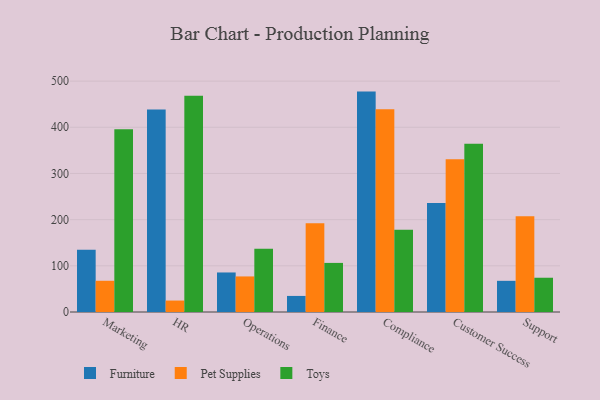
{"axis": {"x": "Department", "y": "Tickets Resolved"}, "legend": ["Furniture", "Pet Supplies", "Toys"], "data": [{"x": "Marketing", "y": 135.0, "type": "Furniture"}, {"x": "Marketing", "y": 67.6, "type": "Pet Supplies"}, {"x": "Marketing", "y": 395.9, "type": "Toys"}, {"x": "HR", "y": 438.5, "type": "Furniture"}, {"x": "HR", "y": 24.8, "type": "Pet Supplies"}, {"x": "HR", "y": 468.2, "type": "Toys"}, {"x": "Operations", "y": 85.6, "type": "Furniture"}, {"x": "Operations", "y": 77.0, "type": "Pet Supplies"}, {"x": "Operations", "y": 137.1, "type": "Toys"}, {"x": "Finance", "y": 34.8, "type": "Furniture"}, {"x": "Finance", "y": 192.4, "type": "Pet Supplies"}, {"x": "Finance", "y": 106.3, "type": "Toys"}, {"x": "Compliance", "y": 477.3, "type": "Furniture"}, {"x": "Compliance", "y": 439.3, "type": "Pet Supplies"}, {"x": "Compliance", "y": 178.3, "type": "Toys"}, {"x": "Customer Success", "y": 236.2, "type": "Furniture"}, {"x": "Customer Success", "y": 331.0, "type": "Pet Supplies"}, {"x": "Customer Success", "y": 364.5, "type": "Toys"}, {"x": "Support", "y": 67.5, "type": "Furniture"}, {"x": "Support", "y": 207.4, "type": "Pet Supplies"}, {"x": "Support", "y": 74.2, "type": "Toys"}]}